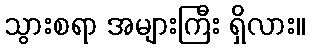
သွားစရာ အများကြီး ရှိလား။